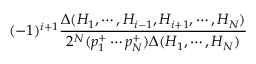
( - 1 ) ^ { i + 1 } { \frac { \Delta ( H _ { 1 } , \cdots , H _ { i - 1 } , H _ { i + 1 } , \cdots , H _ { N } ) } { 2 ^ { N } ( p _ { 1 } ^ { + } \cdots p _ { N } ^ { + } ) \Delta ( H _ { 1 } , \cdots , H _ { N } ) } }